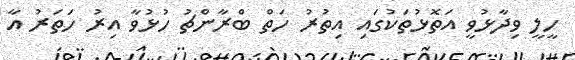
ހީލީ ވިދާޅުވީ އަތޮޅުތަކުގައި އިތުރު ހަތް ބްރާންޗު ހުޅުވާ އިރު ހަތަރު އާ